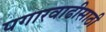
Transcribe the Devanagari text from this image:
पगारवाढीसाठी